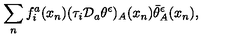
\sum _ { n } f _ { i } ^ { a } ( x _ { n } ) ( \tau _ { i } { \cal D } _ { a } \theta ^ { \epsilon } ) _ { A } ( x _ { n } ) \bar { \theta } _ { A } ^ { \epsilon } ( x _ { n } ) ,